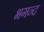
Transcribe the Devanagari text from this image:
भगन्द